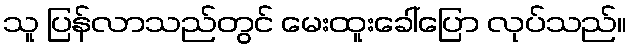
သူ ပြန်လာသည်တွင် မေးထူးခေါ်ပြော လုပ်သည်။